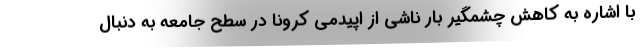
با اشاره به کاهش چشمگیر بار ناشی از اپیدمی کرونا در سطح جامعه به دنبال